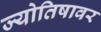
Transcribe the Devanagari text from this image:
ज्योतिषावर